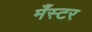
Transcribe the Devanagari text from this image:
मँस्टर